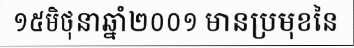
១៥មិថុនាឆ្នាំ២០០១ មានប្រមុខនៃ